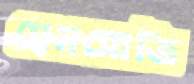
সেনসোজি